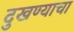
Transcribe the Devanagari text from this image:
दुखण्याचा